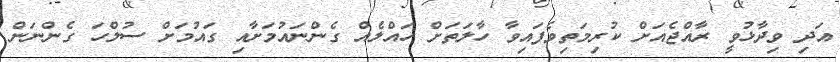
އަދި ވިދާޅުވީ ރާއްޖެއަށް ކުރިމަތިވެފައިވާ ހާލަތަށް ހައްލެއް ގެންނައުމަށާއި ގައުމަށް ސުލްހަ ގެންނަން